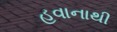
હવાનાથી